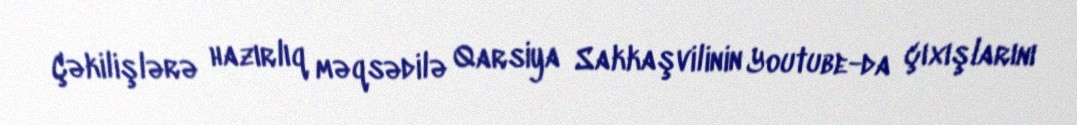
Çəkilişlərə hazırlıq məqsədilə Qarsiya Sakkaşvilinin Youtube-da çıxışlarını